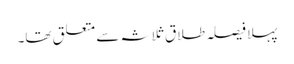
پہلا فیصلہ طلاق ثلاثہ سے متعلق تھا۔